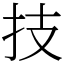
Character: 技